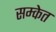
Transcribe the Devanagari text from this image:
सम्केत